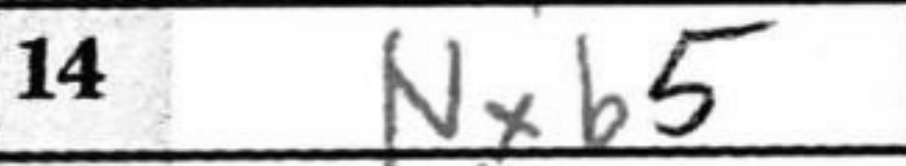
Transcription: Nxb5